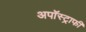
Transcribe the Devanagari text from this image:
अपॉस्ट्राफी